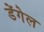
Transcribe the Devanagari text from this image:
डेंगेल